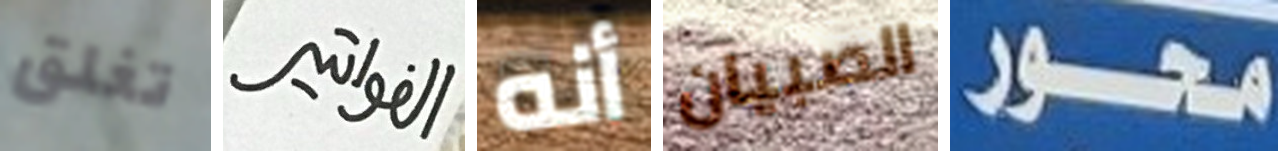
تغلق الفواتير أنه الصبيان محور